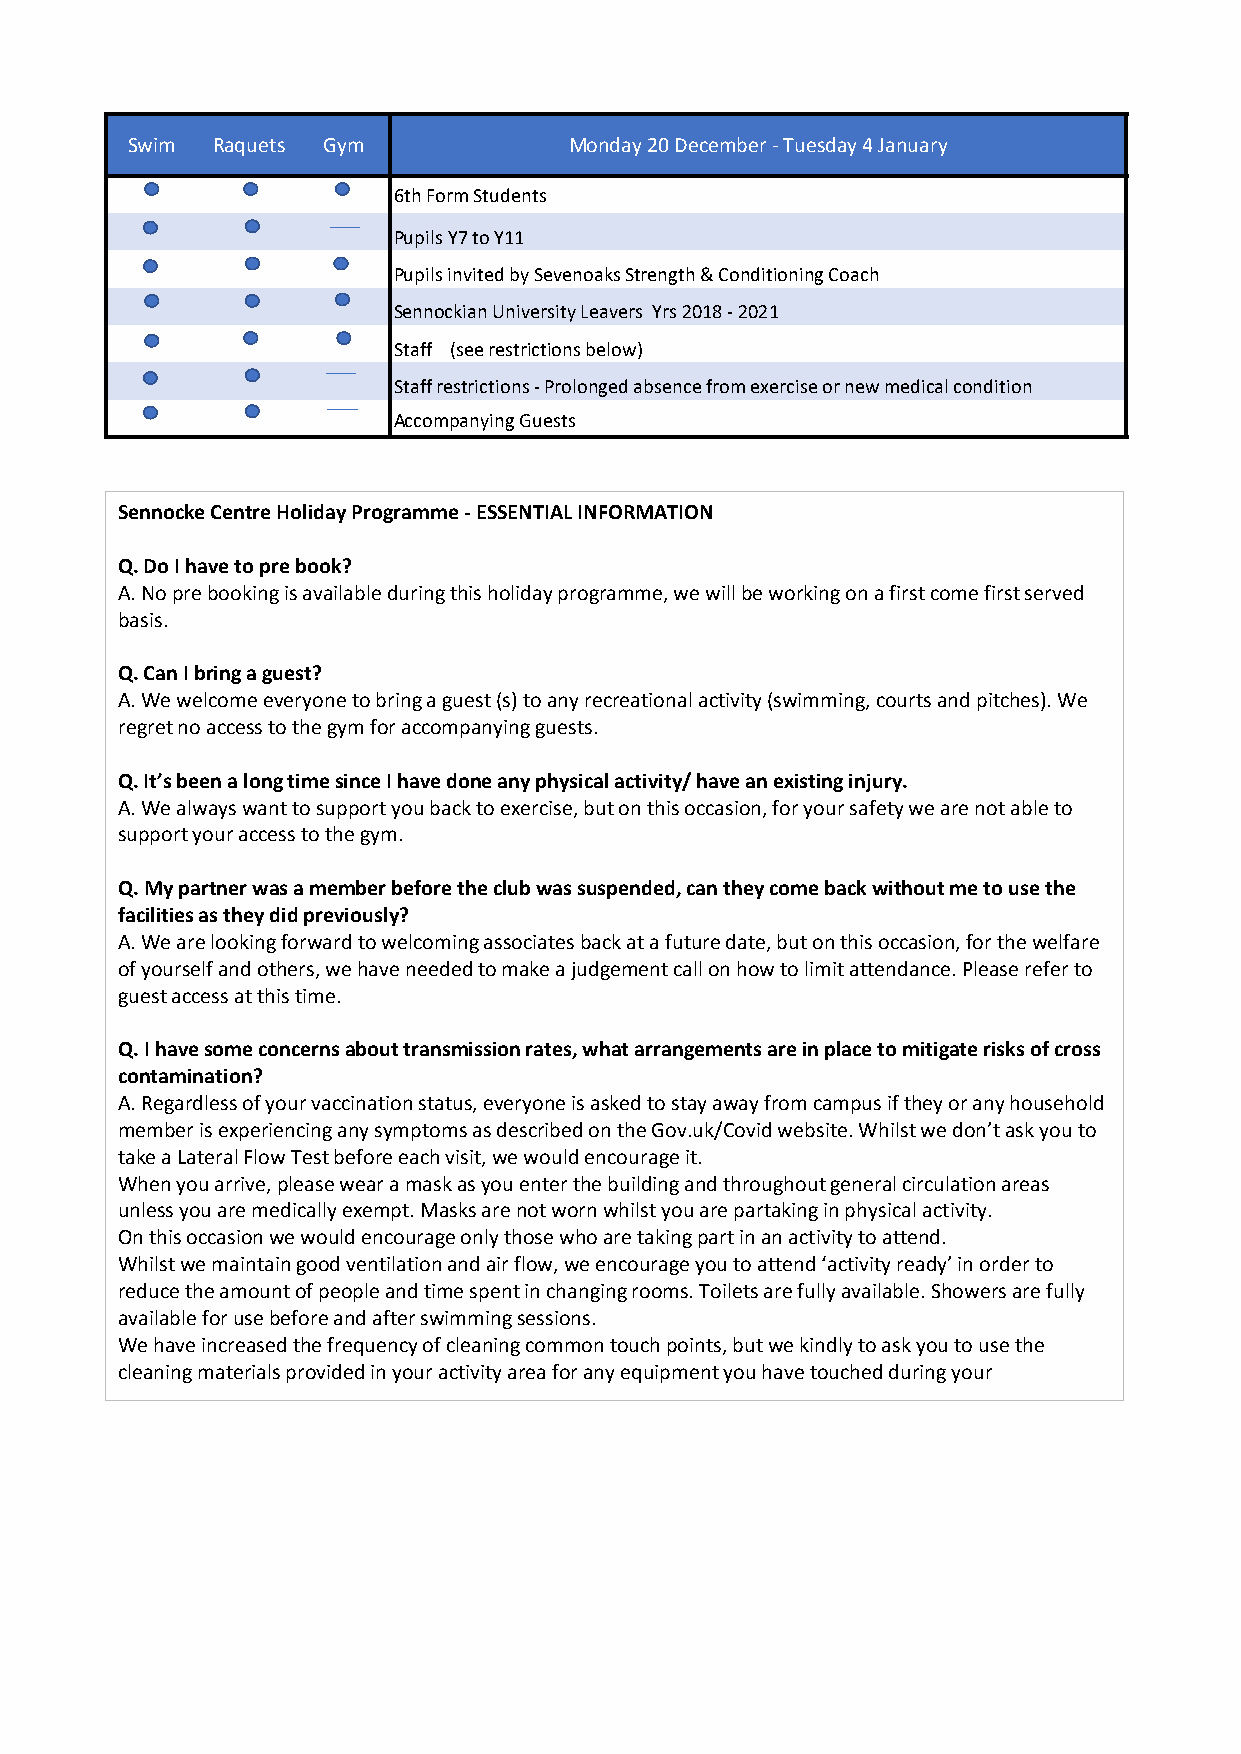
Swim  Raquets Gym            Monday 20 December - Tuesday 4 January
 6th Form Students
 Pupils Y7 to Y11
 Pupils invited by Sevenoaks Strength & Conditioning Coach
 Sennockian University Leavers Yrs 2018 - 2021
 Staff (see restrictions below)
 Staff restrictions - Prolonged absence from exercise or new medical condition
 Accompanying Guests
 Sennocke Centre Holiday Programme -ESSENTIALINFORMATION
 Q. Do I have to pre book?
 A. No pre booking is available during this holiday programme, we will be working on a first come first served
 basis.
 Q. Can I bring a guest?
 A. We welcome everyone to bring a guest (s) to any recreational activity (swimming, courts and pitches). We
 regret no access to the gym for accompanying guests.
 Q. It’s been a long time since I have done any physical activity/ have an existing injury.
 A. We always want to support you back to exercise, but on this occasion, for your safety we are not able to
 support your access to the gym.
 Q. My partner was a member before the club was suspended, can they come back without me to use the
 facilities as they did previously?
 A. We are looking forward to welcoming associates back at a future date, but on this occasion, for the welfare
 of yourself and others, we have needed to make a judgement call on how to limit attendance. Please refer to
 guest access at this time.
 Q. I have some concerns about transmission rates, what arrangements are in place to mitigate risks of cross
 contamination?
 A. Regardless of your vaccination status, everyone is asked to stay away from campus if they or any household
 member is experiencing any symptoms as described on the Gov.uk/Covid website. Whilst we don’t ask you to
 take a Lateral Flow Test before each visit, we would encourage it.
 When you arrive, please wear a mask as you enter the building and throughout general circulation areas
 unless you are medically exempt. Masks are not worn whilst you are partaking in physical activity.
 On this occasion we would encourage only those who are taking part in an activity to attend.
 Whilst we maintain good ventilation and air flow, we encourage you to attend ‘activity ready’ in order to
 reduce the amount of people and time spent in changing rooms. Toilets are fully available. Showers are fully
 available for use before and after swimming sessions.
 We have increased the frequency of cleaning common touch points, but we kindly to ask you to use the
 cleaning materials provided in your activity area for any equipment you have touched during your